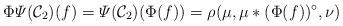
LaTeX: \begin{align*}\Phi\varPsi(\mathcal{C}_2)(f)=\varPsi(\mathcal{C}_2)(\Phi(f))=\rho(\mu,\mu\ast(\Phi(f))^\circ,\nu)\end{align*}